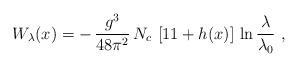
LaTeX: \begin{align*}W_\lambda(x) = - \,{g^3 \over 48 \pi^2}\, N_c \, \left[11 + h(x) \right]\,\ln{\lambda \over \lambda_0} \,\, , \end{align*}